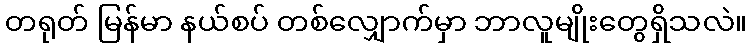
တရုတ် မြန်မာ နယ်စပ် တစ်လျှောက်မှာ ဘာလူမျိုးတွေရှိသလဲ။